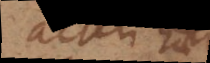
alteri est